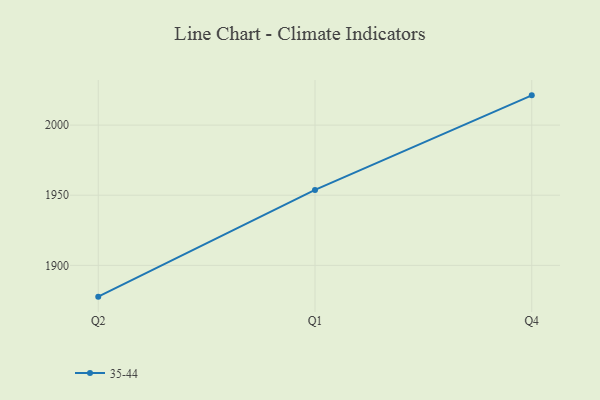
{"axis": {"x": "Quarter", "y": "Customer Acquisition Cost (USD)"}, "legend": ["35-44"], "data": [{"x": "Q2", "y": 1877.7, "type": "35-44"}, {"x": "Q1", "y": 1953.8, "type": "35-44"}, {"x": "Q4", "y": 2021.2, "type": "35-44"}]}